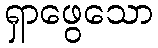
ရှာဖွေသော